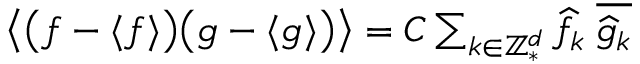
\begin{array} { r } { \big \langle \bigl ( f - \langle f \rangle \bigr ) \bigl ( g - \langle g \rangle \bigr ) \big \rangle = C \sum _ { k \in \ensuremath { \mathbb { Z } ^ { d } } _ { * } } \widehat f _ { k } \; \overline { { \widehat g _ { k } } } } \end{array}